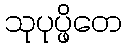
သုပုပ္ဖိတေ